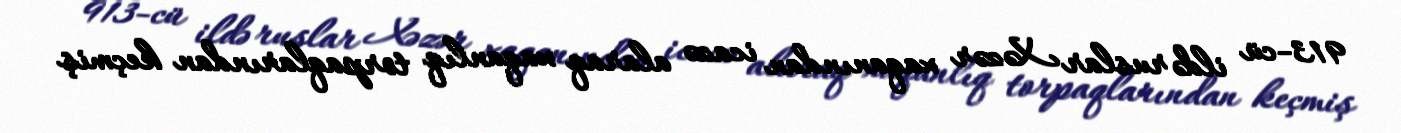
913-cü ildə ruslar Xəzər xaqanından icazə alaraq xaqanlıq torpaqlarından keçmiş